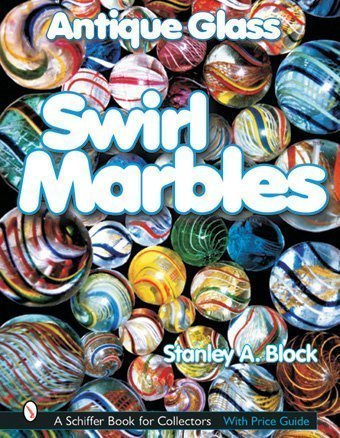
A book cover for Antique Glass Swirl Marbles (Schiffer Book for Collectors) by Block, Stanley A. (2001) Hardcover; Stanley A. Block; Crafts, Hobbies & Home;